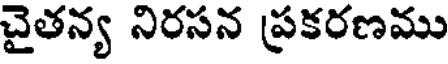
చైతన్య నిరసన ప్రకరణము